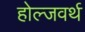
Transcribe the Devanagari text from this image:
होल्जवर्थ